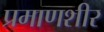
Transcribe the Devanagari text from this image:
प्रमाणशीर